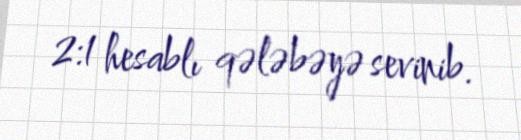
2:1 hesablı qələbəyə sevinib.